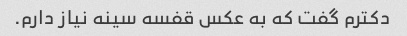
دکترم گفت که به عکس قفسه سینه نیاز دارم.